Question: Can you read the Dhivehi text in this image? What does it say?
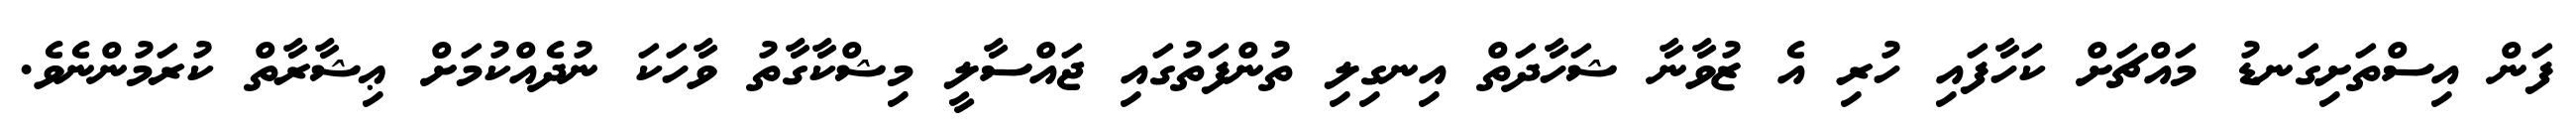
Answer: ފަން އިސްތަށިގަނޑު މައްޗަށް ކަހާފައި ހުރި އެ ޒުވާނާ ޝަހާދަތް އިނގިލި ތުންފަތުގައި ޖައްސާލީ މިޝްކާގާތު ވާހަކަ ނުދެއްކުމަށް ޢިޝާރާތް ކުރަމުންނެވެ.